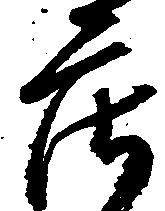
庄